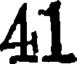
41